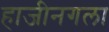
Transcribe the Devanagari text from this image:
हाजीनगला